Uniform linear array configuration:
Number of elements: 48
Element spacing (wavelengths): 0.5
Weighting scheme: hann
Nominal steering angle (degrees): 30
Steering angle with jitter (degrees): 31.114
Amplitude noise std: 0.05
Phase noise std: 0.05

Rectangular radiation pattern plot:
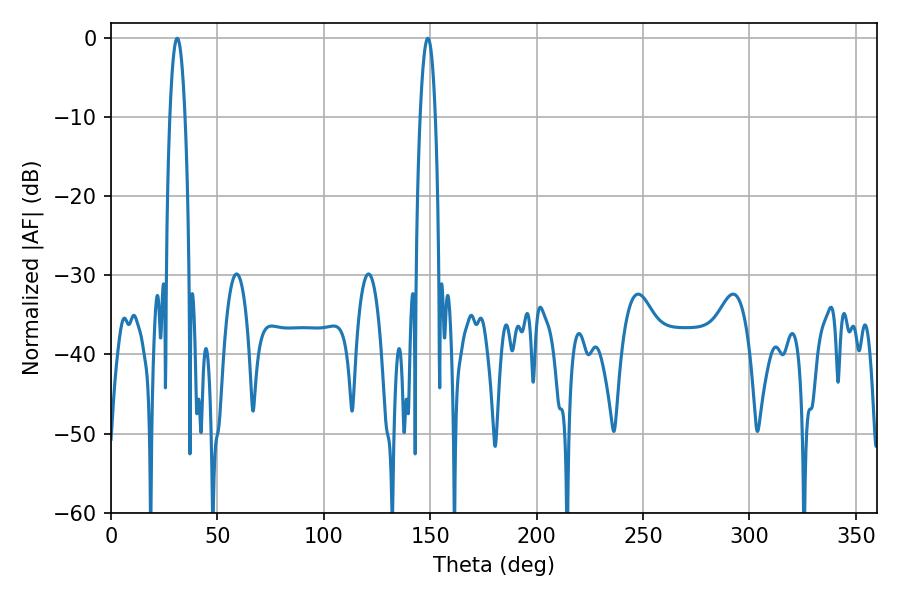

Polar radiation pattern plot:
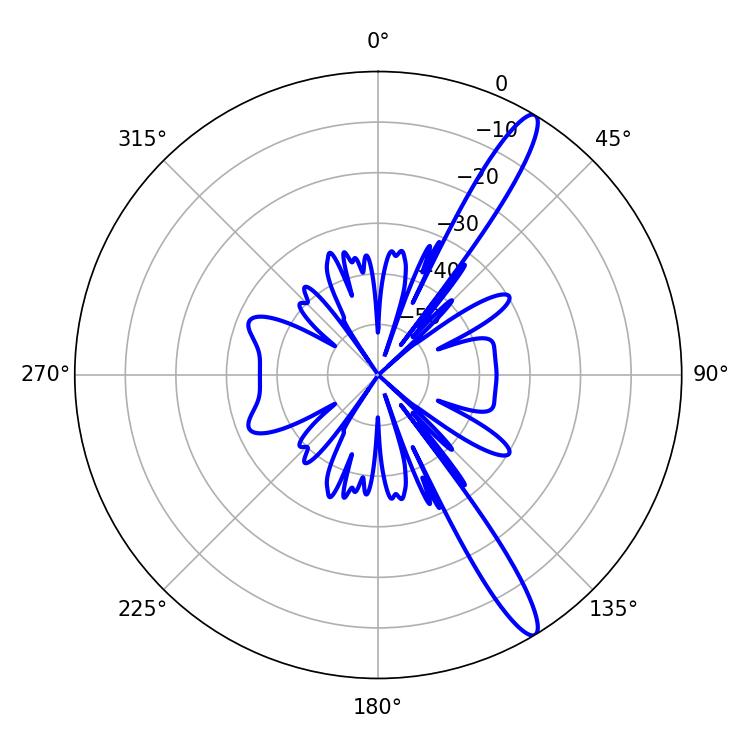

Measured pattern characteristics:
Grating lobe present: FALSE
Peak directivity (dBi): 14.132
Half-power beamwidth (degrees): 3.96
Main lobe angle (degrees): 31.14